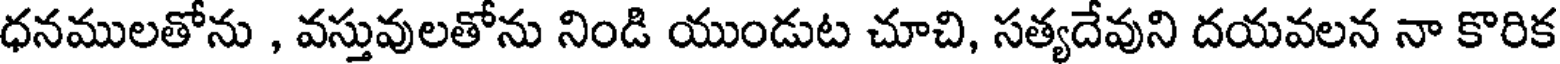
ధనములతోను , వస్తువులతోను నిండి యుండుట చూచి, సత్యదేవుని దయవలన నా కొరిక